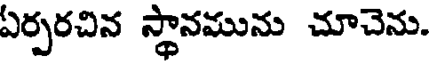
ఏర్పరచిన స్థానమును చూచెను.